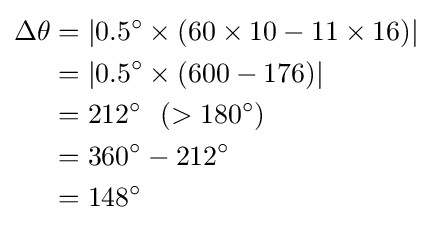
{\begin{aligned}\Delta \theta &=\vert 0.5^{\circ }\times (60\times 10-11\times 16)\vert \\&=\vert 0.5^{\circ }\times (600-176)\vert \\&=212^{\circ }\ \ (>180^{\circ })\\&=360^{\circ }-212^{\circ }\\&=148^{\circ }\end{aligned}}